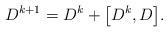
LaTeX: \begin{gather*} D^{k+1}=D^k+\big[D^k,D\big].\end{gather*}